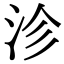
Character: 沴